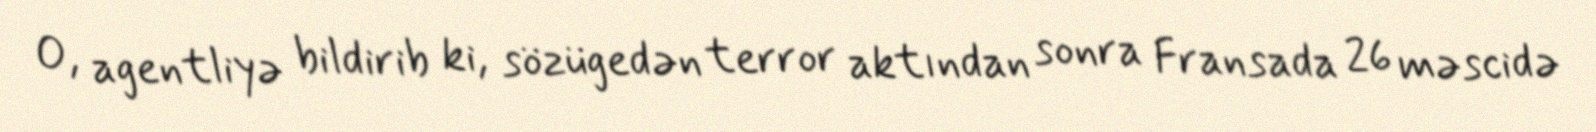
O, agentliyə bildirib ki, sözügedən terror aktından sonra Fransada 26 məscidə